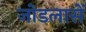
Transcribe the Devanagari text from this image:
जोडलासें